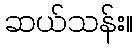
ဆယ်သန်း။